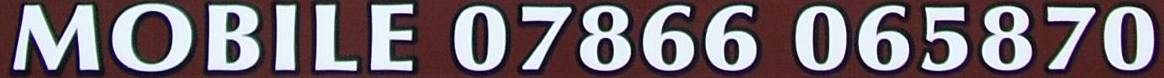
MOBILE 07866 065870